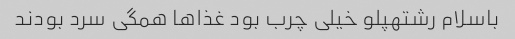
باسلام رشتهپلو خیلی چرب بود غذاها همگی سرد بودند